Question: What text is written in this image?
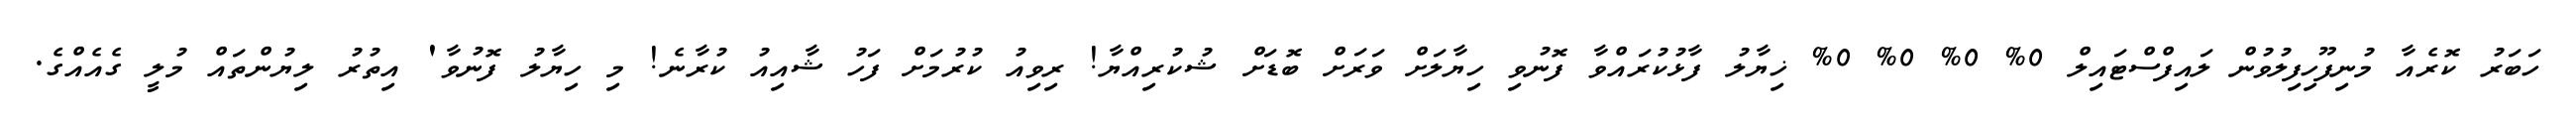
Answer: ހަބަރު ކޮރެއާ މުނިފޫހިފިލުވުން ލައިފްސްޓައިލް 0% 0% 0% 0% ޚިޔާލު ފާޅުކުރައްވާ ފޮނުވި ހިޔާލަށް ވަރަށް ބޮޑަށް ޝުކުރިއްޔާ! ރިވިއު ކުރުމަށް ފަހު ޝާއިއު ކުރާނެ! މި ހިޔާލު ފޮނުވާ' އިތުރު ލިޔުންތައް މުލީ ގެއެއްގެ.